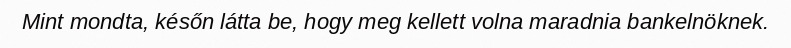
Mint mondta, későn látta be, hogy meg kellett volna maradnia bankelnöknek.